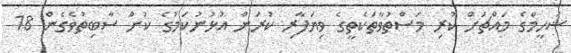
ޝަހީމްގެ މައްޗަށް ކުރި މަސްތުވާތަކެތީގެ ވިޔަފާރި ކުރަން އުޅުނުކަމުގެ ކުށް ސާބިތުވެގެން 18